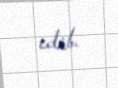
edib.